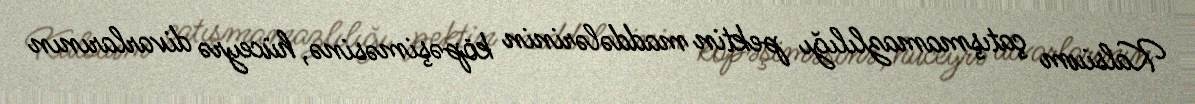
Kalsium çatışmamazlılığı pektin maddələrinin köpəşiməsinə, hüceyrə divarlarının